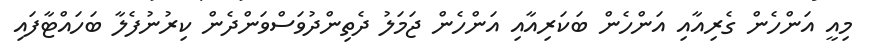
މިއީ އަންހެން ގެރިއާއި އަންހެން ބަކަރިއާއި އަންހެން ޖަމަލު ދެތިންދުވަސްވަންދެން ކިރުނުފެލާ ބަހައްޓާފައި